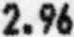
2.96